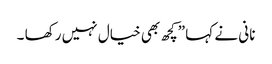
نانی نے کہا ”کچھ بھی خیال نہیں رکھا ۔